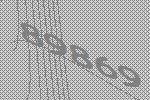
89869